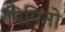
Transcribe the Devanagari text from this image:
पिपिनो